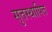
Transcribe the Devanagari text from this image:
सुतस्थापित